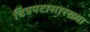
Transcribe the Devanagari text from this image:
चित्रपटासारख्या